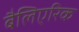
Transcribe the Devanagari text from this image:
बैलिएरिक